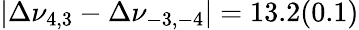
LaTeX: |\Delta\nu_{4,3}-\Delta\nu_{-3,-4}|=13.2(0.1)